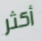
أكثر